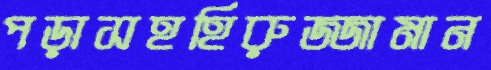
পড়াসহহিরুজ্জামান